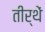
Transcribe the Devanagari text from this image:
तीर्थें